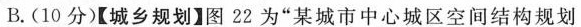
B.(10分)【城乡规划】图22为”某城市中心城区空间结构规划